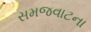
સમજવાટના